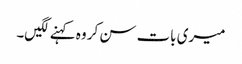
میری بات سن کر وہ کہنے لگیں۔